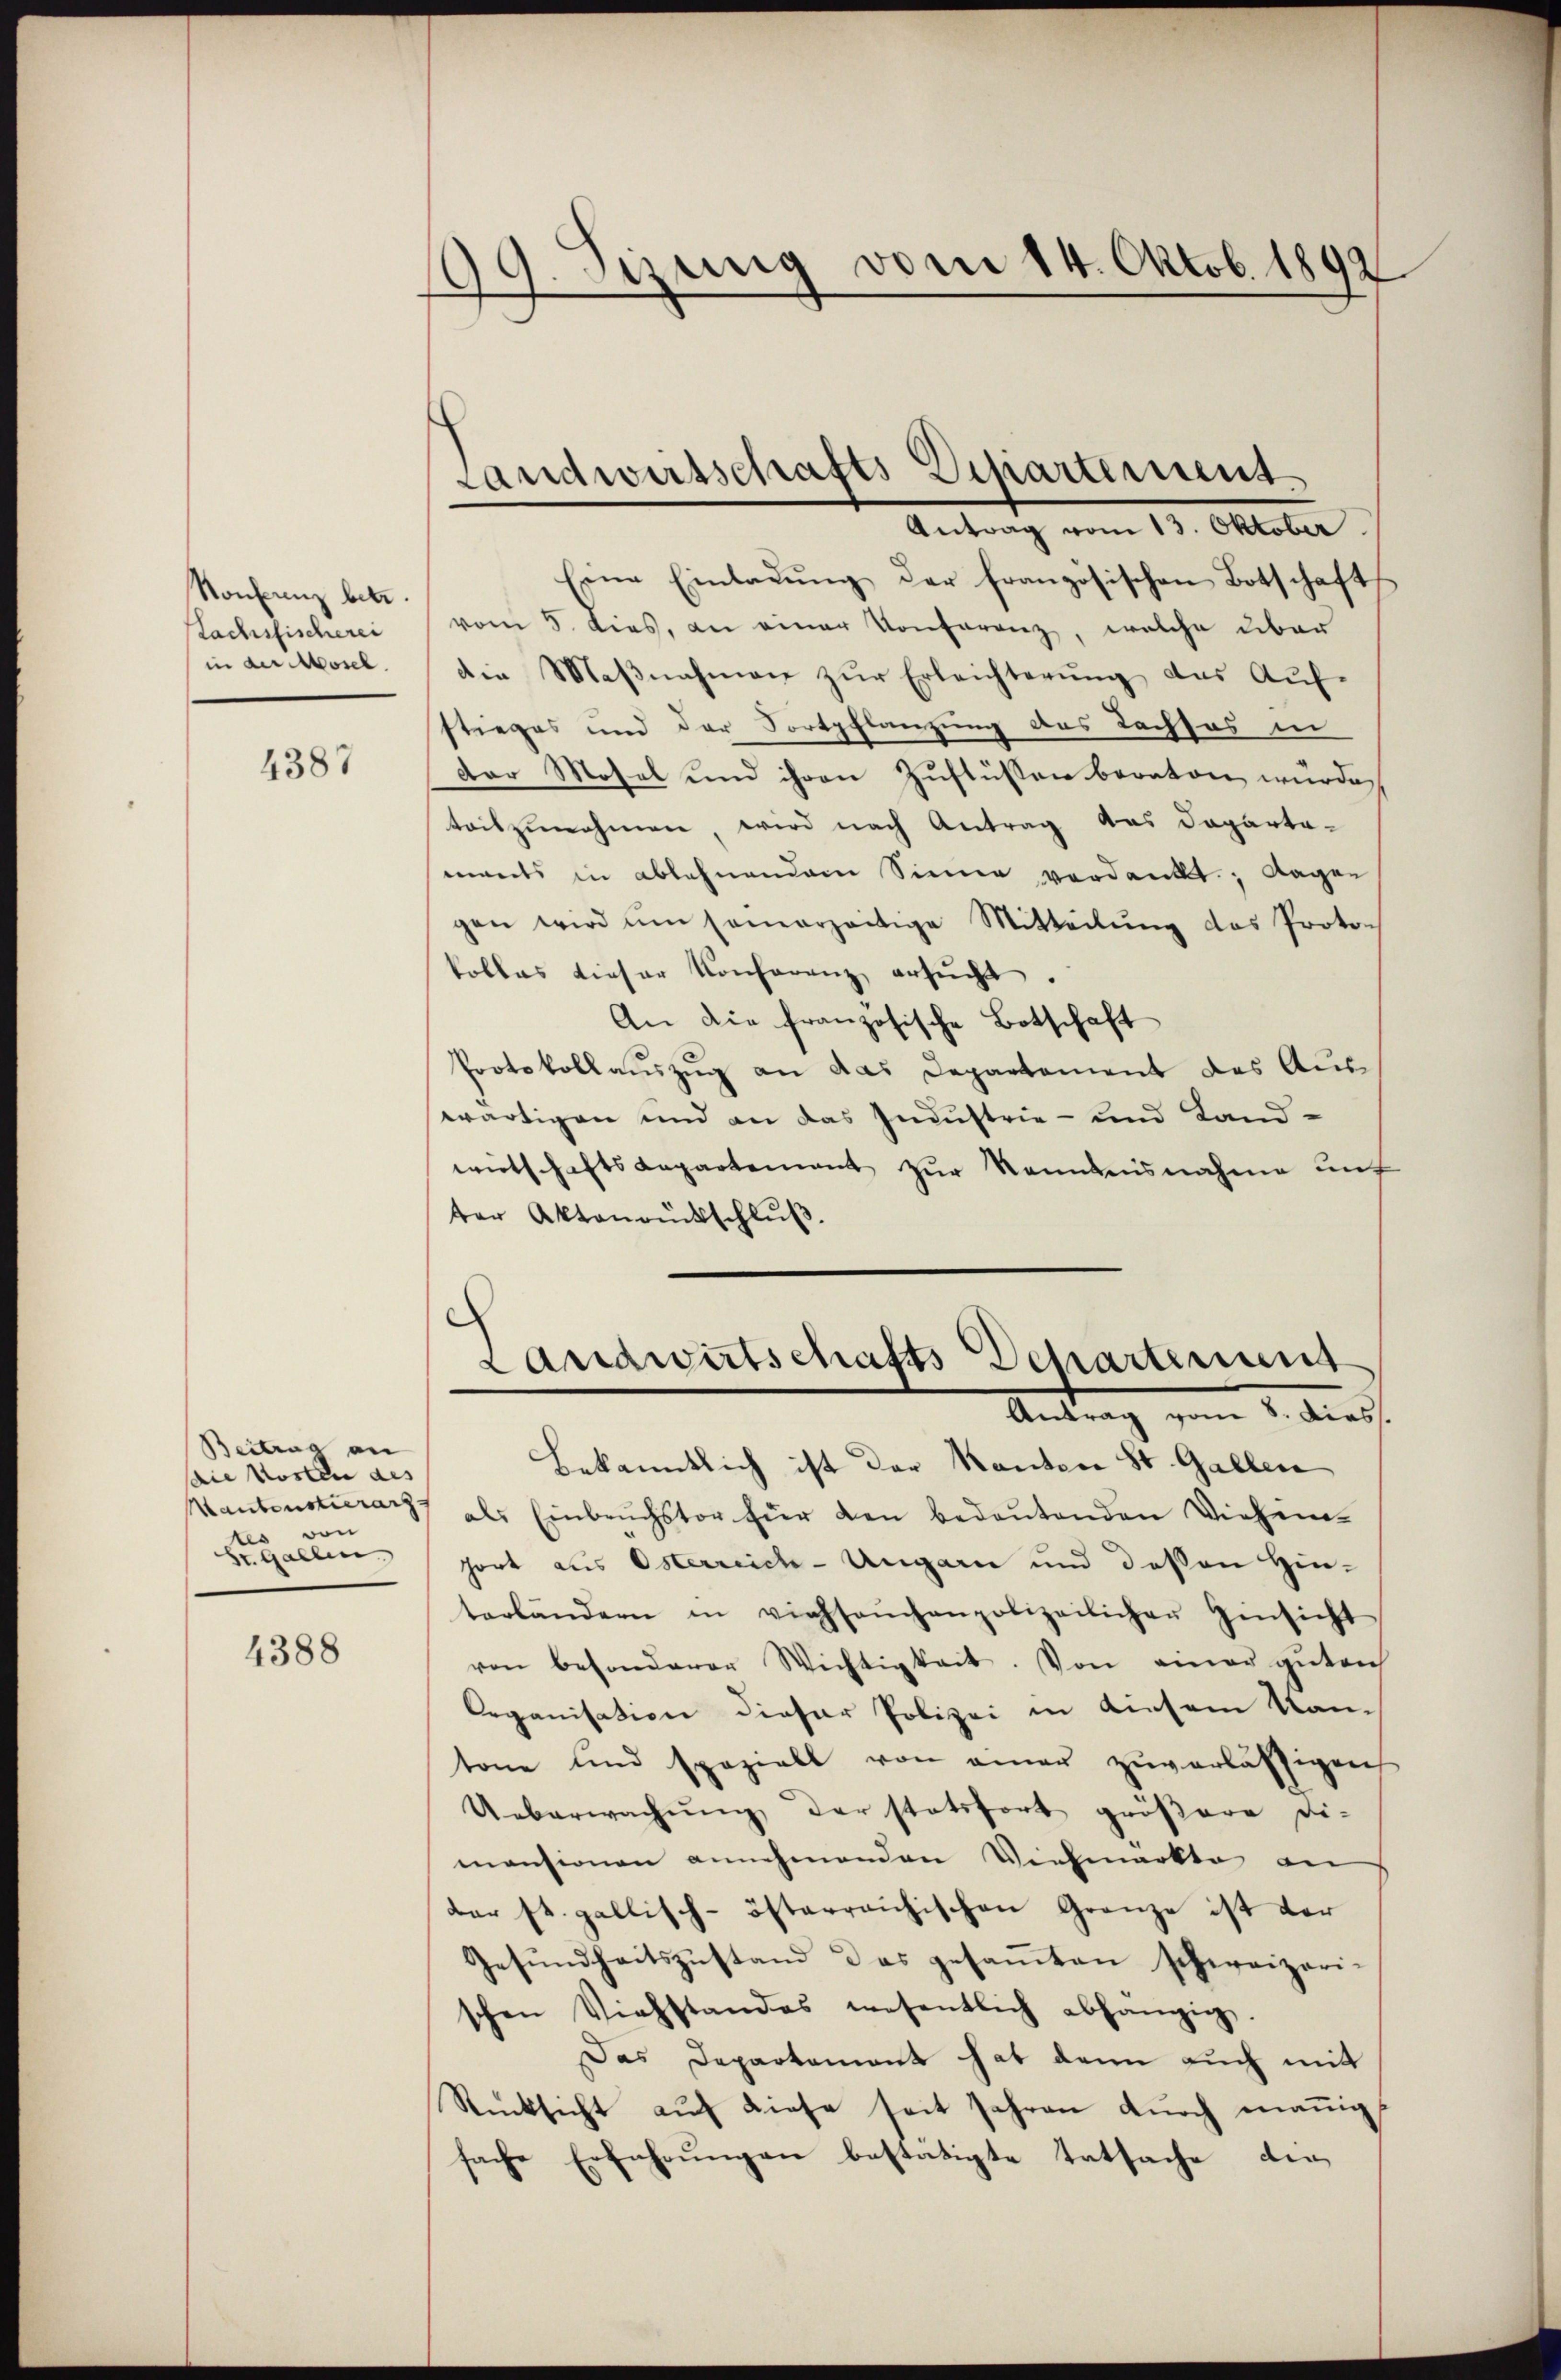
Konferenz betr.
Kachsfischerei
in der Mosel

4387

Beitrag an
die Kosten des
Mantenstierarzven
St. Gallen

4388

109. Sizung vom 14. Oktob. 1892

Eine Einladŭng der französischen Botschafts
vom 5. dies, an einer Konferenz, welche über
die Maβnahmen zŭr Erleichterŭng des Aŭf-
stieges und der Fortpflanzung des Lachsos in
der Mosel und ihren Zuflüssen berator würde,
toitzunehmen wird nach Antrag das Departa-
mants in ablehnendem Sinner verdankt; dagen
gen wird ŭm samerzeitige Mitteilŭng des Proto-
kolles dieser Konferenz ersŭcht.
An die französische Botschaft
Protokollauszug an das Departement des Aus-
wärtigen und an das Industrie- und Land-
wirtschaftsdepartement zŭr Kenntnisnahme unt
ter Aktenrückschlŭβ

Landwirtschafts Dipartement.
Antrag vom 13. Oktober.

Landwirtschafts Departement
Antrag vom 2. dies

Bekanntlich ist der Kanton St. Gallen
als Einbruchstor für den bedeutenden Viehen-
hort aus Osterreich-Ungarn und dessen Hin-
terländern in viehseuchenpolizeilichen Einsicht
von besonderer Wichtigkeit. Von einer guten
Organisation dieser Polizei in diesem Kan-
tone und spaziell von einer zŭverlässigen
Ueberwachung der stattfort größere di-
mensionen annehmenden Viehmarkte an
der st. gallisch-österreichischen Grenze ist der
Gesŭndheitszŭstand das gesaṁten schweizeri-
schen Viehstandes wesentlich abhanging,
Das Departement hat dann auch mit
Rücksicht auf diese seit Jahren durch manig
sache Erfahrungen bestätigte Tatsache den¬